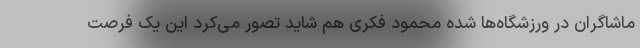
ماشاگران در ورزشگاه‌ها شده محمود فکری هم شاید تصور می‌کرد این یک فرصت